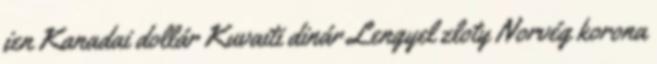
jen Kanadai dollár Kuvaiti dinár Lengyel zloty Norvég korona